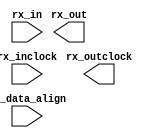
// megafunction wizard: %ALTLVDS_RX%VBB%
// GENERATION: STANDARD
// VERSION: WM1.0
// MODULE: ALTLVDS_RX 

// ============================================================
// Megafunction Name(s):
// 			ALTLVDS_RX
//
// Simulation Library Files(s):
// 			altera_mf
// ============================================================
// ************************************************************
// THIS IS A WIZARD-GENERATED FILE. DO NOT EDIT THIS FILE!
//
// 18.1.0 Build 625 09/12/2018 SJ Standard Edition
// ************************************************************

//Copyright (C) 2018  Intel Corporation. All rights reserved.
//Your use of Intel Corporation's design tools, logic functions 
//and other software and tools, and its AMPP partner logic 
//functions, and any output files from any of the foregoing 
//(including device programming or simulation files), and any 
//associated documentation or information are expressly subject 
//to the terms and conditions of the Intel Program License 
//Subscription Agreement, the Intel Quartus Prime License Agreement,
//the Intel FPGA IP License Agreement, or other applicable license
//agreement, including, without limitation, that your use is for
//the sole purpose of programming logic devices manufactured by
//Intel and sold by Intel or its authorized distributors.  Please
//refer to the applicable agreement for further details.

module lvds_rx (
	rx_data_align,
	rx_in,
	rx_inclock,
	rx_out,
	rx_outclock);

	input	  rx_data_align;
	input	[0:0]  rx_in;
	input	  rx_inclock;
	output	[7:0]  rx_out;
	output	  rx_outclock;

endmodule

// ============================================================
// CNX file retrieval info
// ============================================================
// Retrieval info: LIBRARY: altera_mf altera_mf.altera_mf_components.all
// Retrieval info: PRIVATE: Bitslip NUMERIC "0"
// Retrieval info: PRIVATE: Clock_Choices STRING "tx_coreclock"
// Retrieval info: PRIVATE: Clock_Mode NUMERIC "0"
// Retrieval info: PRIVATE: Data_rate STRING "80.0"
// Retrieval info: PRIVATE: Deser_Factor NUMERIC "8"
// Retrieval info: PRIVATE: Dpll_Lock_Count NUMERIC "0"
// Retrieval info: PRIVATE: Dpll_Lock_Window NUMERIC "0"
// Retrieval info: PRIVATE: Enable_DPA_Mode STRING "OFF"
// Retrieval info: PRIVATE: Enable_FIFO_DPA_Channels NUMERIC "0"
// Retrieval info: PRIVATE: Ext_PLL STRING "OFF"
// Retrieval info: PRIVATE: INTENDED_DEVICE_FAMILY STRING "Cyclone IV E"
// Retrieval info: PRIVATE: Le_Serdes STRING "ON"
// Retrieval info: PRIVATE: Num_Channel NUMERIC "1"
// Retrieval info: PRIVATE: Outclock_Divide_By NUMERIC "0"
// Retrieval info: PRIVATE: pCNX_OUTCLK_ALIGN NUMERIC "0"
// Retrieval info: PRIVATE: pINCLOCK_PHASE_SHIFT STRING "0.00"
// Retrieval info: PRIVATE: PLL_Enable NUMERIC "0"
// Retrieval info: PRIVATE: PLL_Freq STRING "10.00"
// Retrieval info: PRIVATE: PLL_Period STRING "100.000"
// Retrieval info: PRIVATE: pOUTCLOCK_PHASE_SHIFT NUMERIC "0"
// Retrieval info: PRIVATE: Reg_InOut NUMERIC "1"
// Retrieval info: PRIVATE: Use_Cda_Reset NUMERIC "0"
// Retrieval info: PRIVATE: Use_Clock_Resc STRING "AUTO"
// Retrieval info: PRIVATE: Use_Common_Rx_Tx_Plls NUMERIC "0"
// Retrieval info: PRIVATE: Use_Data_Align NUMERIC "0"
// Retrieval info: PRIVATE: Use_Lock NUMERIC "0"
// Retrieval info: PRIVATE: Use_Pll_Areset NUMERIC "0"
// Retrieval info: PRIVATE: Use_Rawperror NUMERIC "0"
// Retrieval info: PRIVATE: Use_Tx_Out_Phase NUMERIC "0"
// Retrieval info: CONSTANT: BUFFER_IMPLEMENTATION STRING "RAM"
// Retrieval info: CONSTANT: CDS_MODE STRING "UNUSED"
// Retrieval info: CONSTANT: COMMON_RX_TX_PLL STRING "OFF"
// Retrieval info: CONSTANT: clk_src_is_pll STRING "off"
// Retrieval info: CONSTANT: DATA_ALIGN_ROLLOVER NUMERIC "4"
// Retrieval info: CONSTANT: DATA_RATE STRING "80.0 Mbps"
// Retrieval info: CONSTANT: DESERIALIZATION_FACTOR NUMERIC "8"
// Retrieval info: CONSTANT: DPA_INITIAL_PHASE_VALUE NUMERIC "0"
// Retrieval info: CONSTANT: DPLL_LOCK_COUNT NUMERIC "0"
// Retrieval info: CONSTANT: DPLL_LOCK_WINDOW NUMERIC "0"
// Retrieval info: CONSTANT: ENABLE_CLOCK_PIN_MODE STRING "UNUSED"
// Retrieval info: CONSTANT: ENABLE_DPA_ALIGN_TO_RISING_EDGE_ONLY STRING "OFF"
// Retrieval info: CONSTANT: ENABLE_DPA_CALIBRATION STRING "ON"
// Retrieval info: CONSTANT: ENABLE_DPA_FIFO STRING "UNUSED"
// Retrieval info: CONSTANT: ENABLE_DPA_INITIAL_PHASE_SELECTION STRING "OFF"
// Retrieval info: CONSTANT: ENABLE_DPA_MODE STRING "OFF"
// Retrieval info: CONSTANT: ENABLE_DPA_PLL_CALIBRATION STRING "OFF"
// Retrieval info: CONSTANT: ENABLE_SOFT_CDR_MODE STRING "OFF"
// Retrieval info: CONSTANT: IMPLEMENT_IN_LES STRING "ON"
// Retrieval info: CONSTANT: INCLOCK_BOOST NUMERIC "0"
// Retrieval info: CONSTANT: INCLOCK_DATA_ALIGNMENT STRING "EDGE_ALIGNED"
// Retrieval info: CONSTANT: INCLOCK_PERIOD NUMERIC "100000"
// Retrieval info: CONSTANT: INCLOCK_PHASE_SHIFT NUMERIC "0"
// Retrieval info: CONSTANT: INPUT_DATA_RATE NUMERIC "80"
// Retrieval info: CONSTANT: INTENDED_DEVICE_FAMILY STRING "Cyclone IV E"
// Retrieval info: CONSTANT: LOSE_LOCK_ON_ONE_CHANGE STRING "UNUSED"
// Retrieval info: CONSTANT: LPM_HINT STRING "UNUSED"
// Retrieval info: CONSTANT: LPM_TYPE STRING "altlvds_rx"
// Retrieval info: CONSTANT: NUMBER_OF_CHANNELS NUMERIC "1"
// Retrieval info: CONSTANT: OUTCLOCK_RESOURCE STRING "AUTO"
// Retrieval info: CONSTANT: PLL_OPERATION_MODE STRING "UNUSED"
// Retrieval info: CONSTANT: PLL_SELF_RESET_ON_LOSS_LOCK STRING "OFF"
// Retrieval info: CONSTANT: PORT_RX_CHANNEL_DATA_ALIGN STRING "PORT_UNUSED"
// Retrieval info: CONSTANT: PORT_RX_DATA_ALIGN STRING "PORT_USED"
// Retrieval info: CONSTANT: REFCLK_FREQUENCY STRING "UNUSED"
// Retrieval info: CONSTANT: REGISTERED_DATA_ALIGN_INPUT STRING "UNUSED"
// Retrieval info: CONSTANT: REGISTERED_OUTPUT STRING "ON"
// Retrieval info: CONSTANT: RESET_FIFO_AT_FIRST_LOCK STRING "UNUSED"
// Retrieval info: CONSTANT: RX_ALIGN_DATA_REG STRING "UNUSED"
// Retrieval info: CONSTANT: SIM_DPA_IS_NEGATIVE_PPM_DRIFT STRING "OFF"
// Retrieval info: CONSTANT: SIM_DPA_NET_PPM_VARIATION NUMERIC "0"
// Retrieval info: CONSTANT: SIM_DPA_OUTPUT_CLOCK_PHASE_SHIFT NUMERIC "0"
// Retrieval info: CONSTANT: USE_CORECLOCK_INPUT STRING "OFF"
// Retrieval info: CONSTANT: USE_DPLL_RAWPERROR STRING "OFF"
// Retrieval info: CONSTANT: USE_EXTERNAL_PLL STRING "OFF"
// Retrieval info: CONSTANT: USE_NO_PHASE_SHIFT STRING "ON"
// Retrieval info: CONSTANT: X_ON_BITSLIP STRING "ON"
// Retrieval info: USED_PORT: rx_data_align 0 0 0 0 INPUT NODEFVAL "rx_data_align"
// Retrieval info: CONNECT: @rx_data_align 0 0 0 0 rx_data_align 0 0 0 0
// Retrieval info: USED_PORT: rx_in 0 0 1 0 INPUT NODEFVAL "rx_in[0..0]"
// Retrieval info: CONNECT: @rx_in 0 0 1 0 rx_in 0 0 1 0
// Retrieval info: USED_PORT: rx_inclock 0 0 0 0 INPUT NODEFVAL "rx_inclock"
// Retrieval info: CONNECT: @rx_inclock 0 0 0 0 rx_inclock 0 0 0 0
// Retrieval info: USED_PORT: rx_out 0 0 8 0 OUTPUT NODEFVAL "rx_out[7..0]"
// Retrieval info: CONNECT: rx_out 0 0 8 0 @rx_out 0 0 8 0
// Retrieval info: USED_PORT: rx_outclock 0 0 0 0 OUTPUT NODEFVAL "rx_outclock"
// Retrieval info: CONNECT: rx_outclock 0 0 0 0 @rx_outclock 0 0 0 0
// Retrieval info: GEN_FILE: TYPE_NORMAL lvds_rx.v TRUE FALSE
// Retrieval info: GEN_FILE: TYPE_NORMAL lvds_rx.qip TRUE FALSE
// Retrieval info: GEN_FILE: TYPE_NORMAL lvds_rx.bsf TRUE TRUE
// Retrieval info: GEN_FILE: TYPE_NORMAL lvds_rx_inst.v TRUE TRUE
// Retrieval info: GEN_FILE: TYPE_NORMAL lvds_rx_bb.v TRUE TRUE
// Retrieval info: GEN_FILE: TYPE_NORMAL lvds_rx.inc TRUE TRUE
// Retrieval info: GEN_FILE: TYPE_NORMAL lvds_rx.cmp TRUE TRUE
// Retrieval info: GEN_FILE: TYPE_NORMAL lvds_rx.ppf TRUE FALSE
// Retrieval info: LIB_FILE: altera_mf
// Retrieval info: CBX_MODULE_PREFIX: ON